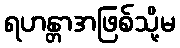
ရဟန္တာအဖြစ်သို့မ